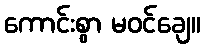
ကောင်းစွာ မဝင်ချေ။